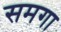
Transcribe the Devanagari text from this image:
समगा